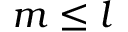
m \leq { l }